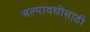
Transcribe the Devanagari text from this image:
अल्पावधीसाठी